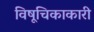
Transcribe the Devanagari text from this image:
विषूचिकाकारी